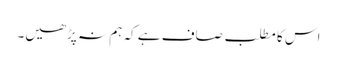
اس کا مطلب صاف ہے کہ ہم نہ پڑھیں۔